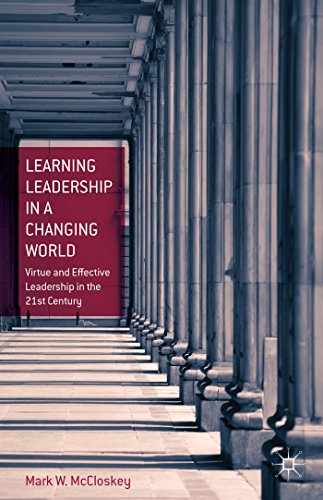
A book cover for Learning Leadership in a Changing World: Virtue and Effective Leadership in the 21st Century; Mark W. W. McCloskey; Business & Money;